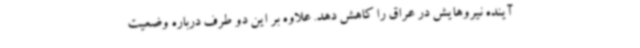
آینده نیروهایش در عراق را کاهش دهد. علاوه بر این دو طرف درباره وضعیت